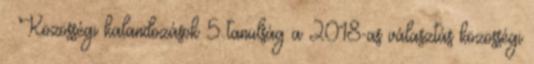
– Közösségi kalandozások 5 tanulság a 2018-as választás közösségi